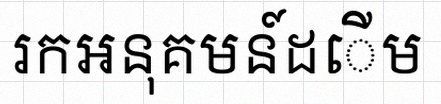
រកអនុគមន៍ដើម